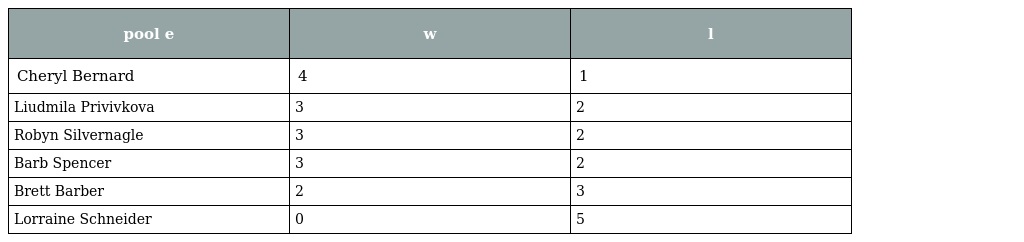
| pool e | w | l |
 | --- | --- | --- |
 | Cheryl Bernard | 4 | 1 |
 | Liudmila Privivkova | 3 | 2 |
 | Robyn Silvernagle | 3 | 2 |
 | Barb Spencer | 3 | 2 |
 | Brett Barber | 2 | 3 |
 | Lorraine Schneider | 0 | 5 |